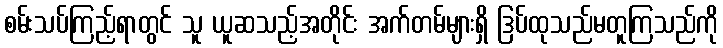
စမ်းသပ်ကြည့်ရာတွင် သူ ယူဆသည့်အတိုင်း အက်တမ်များရှိ ဒြပ်ထုသည်မတူကြသည်ကို